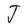
Character: J